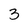
Character: 3